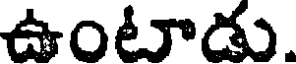
ఉంటాడు.